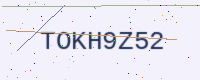
Text: TOKH9Z52